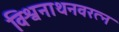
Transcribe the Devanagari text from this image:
विश्वनाथनवरत्न